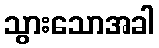
သွားသောအခါ